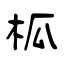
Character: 柧